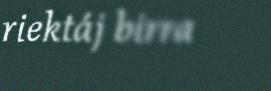
riektáj birra